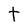
Character: t